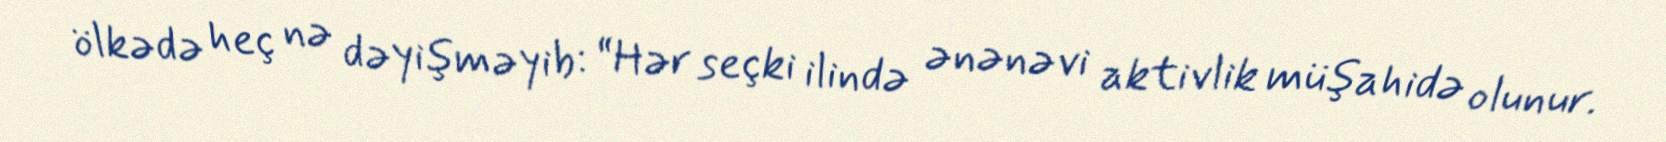
ölkədə heç nə dəyişməyib: “Hər seçki ilində ənənəvi aktivlik müşahidə olunur.